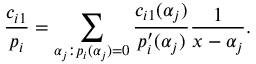
{ \frac { c _ { i 1 } } { p _ { i } } } = \sum _ { \alpha _ { j } : p _ { i } ( \alpha _ { j } ) = 0 } { \frac { c _ { i 1 } ( \alpha _ { j } ) } { p _ { i } ^ { \prime } ( \alpha _ { j } ) } } { \frac { 1 } { x - \alpha _ { j } } } .